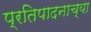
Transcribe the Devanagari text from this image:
प्रतिपादनाच्या